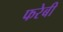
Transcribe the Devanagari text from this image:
फरेबी